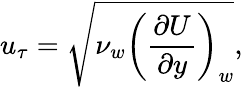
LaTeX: u_{\tau}=\sqrt{\nu_{w}\left(\frac{\partial U}{\partial y}\right)_{w}},